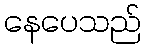
နေပေသည်